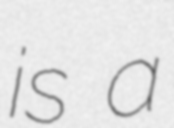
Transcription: is a